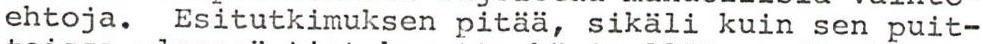
ehtoja. Esitutkimuksen pitää, sikäli kuin sen puit-